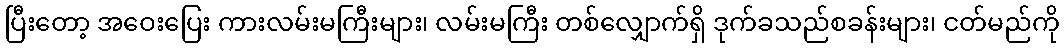
ပြီးတော့ အဝေးပြေး ကားလမ်းမကြီးများ၊ လမ်းမကြီး တစ်လျှောက်ရှိ ဒုက်ခသည်စခန်းများ၊ ငတ်မည်ကို